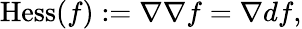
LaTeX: \operatorname{Hess}(f):=\nabla\nabla f=\nabla df,